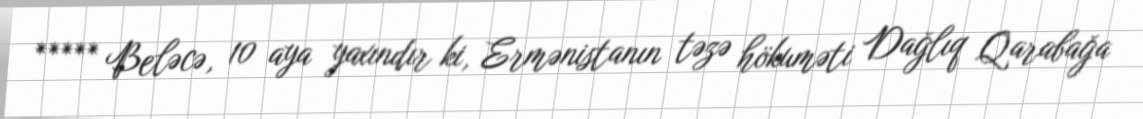
***** Beləcə, 10 aya yaxındır ki, Ermənistanın təzə hökuməti Dağlıq Qarabağa